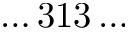
\ldots 3 1 3 \ldots